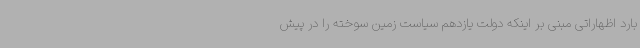
بارد اظهاراتی مبنی بر اینکه دولت یازدهم سیاست زمین سوخته را در پیش